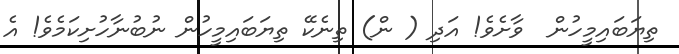
ތިޔަބައިމީހުން  ވާށެވެ! އަދި ( ން) ތިނެކޭ ތިޔަބައިމީހުން ނުބުނާހުށިކަމެވެ! އެ